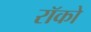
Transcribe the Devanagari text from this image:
रॉको